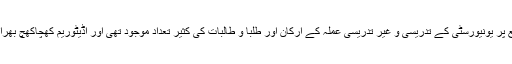
اس موقع پر یونیورسٹی کے تدریسی و غیر تدریسی عملہ کے ارکان اور طلبا و طالبات کی کثیر تعداد موجود تھی اور آڈیٹوریم کھچاکھچ بھرا ہوا تھا۔